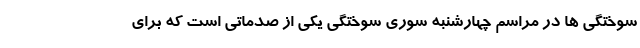
سوختگی ها در مراسم چهارشنبه سوری سوختگی یکی از صدماتی است که برای